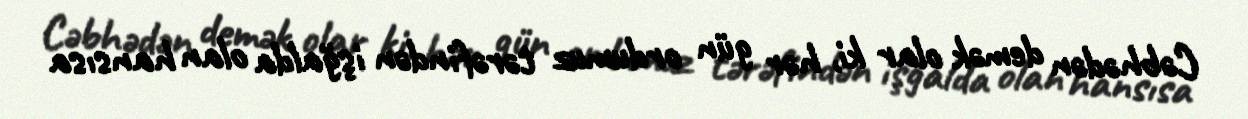
Cəbhədən demək olar ki, hər gün ordumuz tərəfindən işğalda olan hansısa